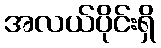
အလယ်ပိုင်းရှိ